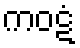
ကဝဋံ